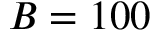
B = 1 0 0